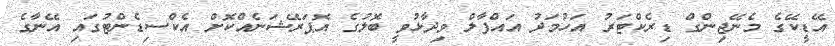
އޭޑީކޭގެ މެނޭޖިންގް ޑިރެކްޓަރު އަހުމަދު އައްފާލް ވިދާޅުވީ ބޮލުގެ އޮޕަރޭޝަނެއްކޮށް އެކްސިޑެންޓުގައި އޭނާގެ